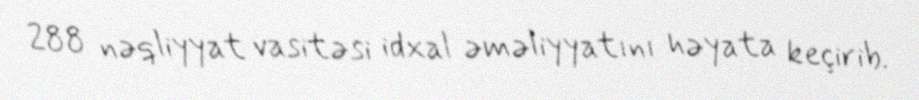
288 nəqliyyat vasitəsi idxal əməliyyatını həyata keçirib.